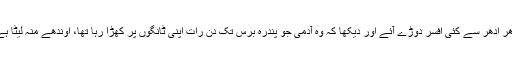
اِدھر اُدھر سے کئی افسر دوڑے آئے اور دیکھا کہ وہ آدمی جو پندرہ برس تک دن رات اپنی ٹانگوں پر کھڑا رہا تھا، اوندھے مُنہ لیٹا ہے۔